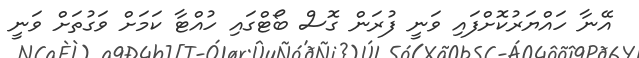
އޭނާ ހައްޔަރުކޮށްފައި ވަނީ ފުރަން ގޮސް ބޯޓްގައި ހުއްޓާ ކަމަށް ވަގުތަށް ވަނީ